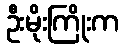
ဦးမိုးကြိုးက